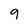
Character: 9